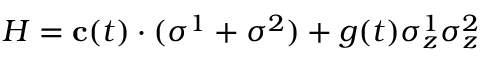
H = \mathbf { c } ( t ) \cdot ( \boldsymbol { \sigma } ^ { 1 } + \boldsymbol { \sigma } ^ { 2 } ) + g ( t ) \sigma _ { z } ^ { 1 } \sigma _ { z } ^ { 2 }